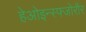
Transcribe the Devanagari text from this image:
हेओइन्स्फ्जोरौर